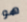
هو